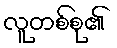
လူတစ်စု၏